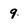
Character: 9